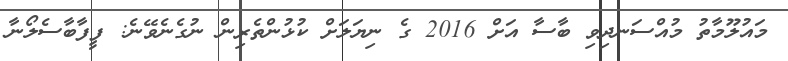
މައުލޫމާތު މުއްސަނދިވި ބާސާ އަށް 2016 ގެ ނިޔަލަށް ކުޅުންތެރިން ނުގެނެވޭނެ: ފީފާބާސެލޯނާ